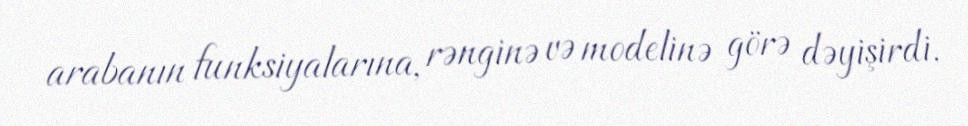
arabanın funksiyalarına, rənginə və modelinə görə dəyişirdi.